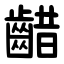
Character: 齰